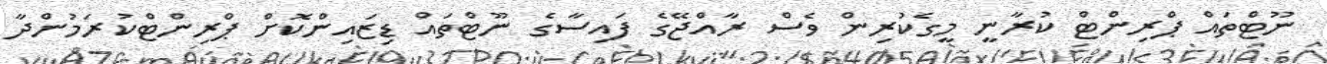
ނޫޓްތައް ޕްރިންޓް ކުރާނީ މީގެކުރިން ވެސް ރާއްޖޭގެ ފައިސާގެ ނޫޓްތައް ޑިޒައިންކޮށް ޕްރިންޓްކުރަމުންދާ